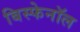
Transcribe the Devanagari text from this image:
बिस्फेनॉल